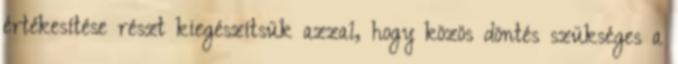
értékesítése részt kiegészítsük azzal, hogy közös döntés szükséges a